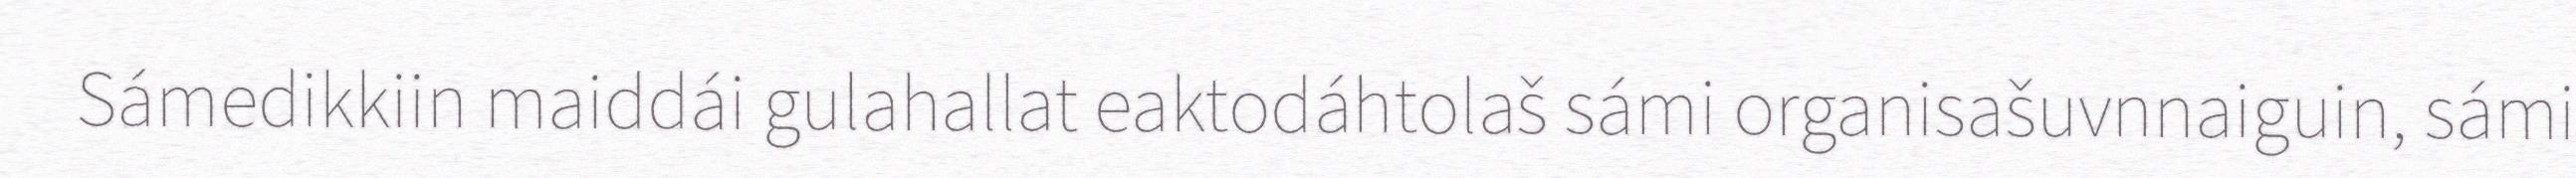
Sámedikkiin maiddái gulahallat eaktodáhtolaš sámi organisašuvnnaiguin, sámi